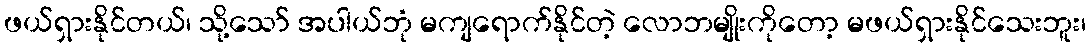
ဖယ်ရှားနိုင်တယ်၊ သို့သော် အပါယ်ဘုံ မကျရောက်နိုင်တဲ့ လောဘမျိုးကိုတော့ မဖယ်ရှားနိုင်သေးဘူး၊